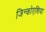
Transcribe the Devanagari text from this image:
जिन्कोएशिया